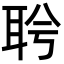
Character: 𦕞